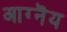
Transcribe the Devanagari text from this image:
आग्नॆय